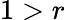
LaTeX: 1>r